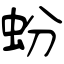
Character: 蚡